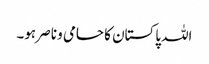
اللہ پاکستان کا حامی و ناصر ہو۔